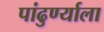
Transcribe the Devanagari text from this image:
पांढुर्ण्याला